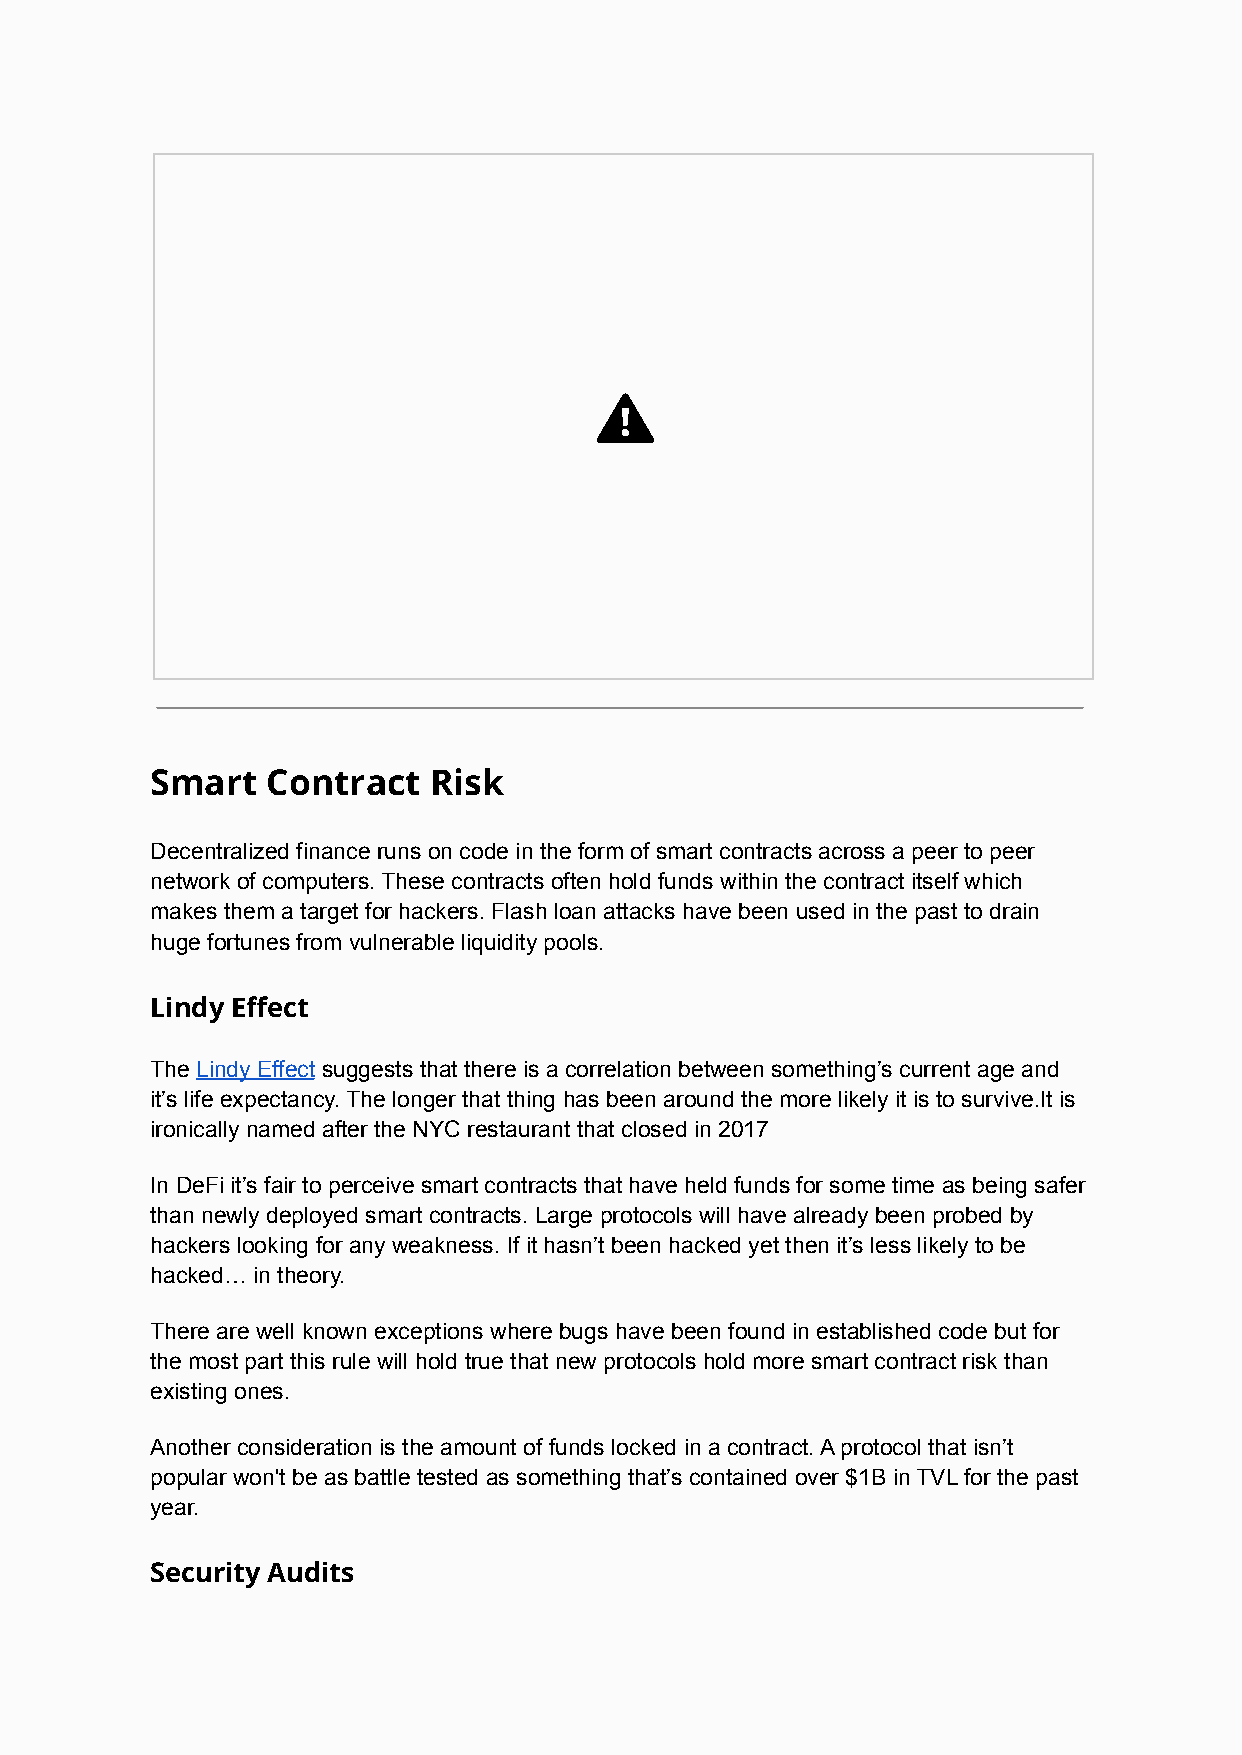
Smart   Contract  Risk
 Decentralized finance runs on code in the form of smart contracts across a peer to peer
 network of computers. These contracts often hold funds within the contract itself which
 makes them a target for hackers. Flash loan attacks have been used in the past to drain
 huge fortunes from vulnerable liquidity pools.
 Lindy Effect
 The Lindy Effect suggests that there is a correlation between something’s current age and
 it’s life expectancy. The longer that thing has been around the more likely it is to survive.It is
 ironically named after the NYC restaurant that closed in 2017
 In DeFi it’s fair to perceive smart contracts that have held funds for some time as being safer
 than newly deployed smart contracts. Large protocols will have already been probed by
 hackers looking for any weakness. If it hasn’t been hacked yet then it’s less likely to be
 hacked… in theory.
 There are well known exceptions where bugs have been found in established code but for
 the most part this rule will hold true that new protocols hold more smart contract risk than
 existing ones.
 Another consideration is the amount of funds locked in a contract. A protocol that isn’t
 popular won't be as battle tested as something that’s contained over $1B in TVL for the past
 year.
 Security Audits